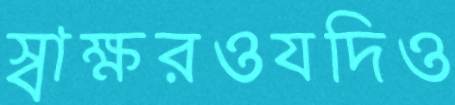
স্বাক্ষরওযদিও